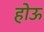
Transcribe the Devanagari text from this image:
होऊ